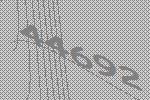
44692